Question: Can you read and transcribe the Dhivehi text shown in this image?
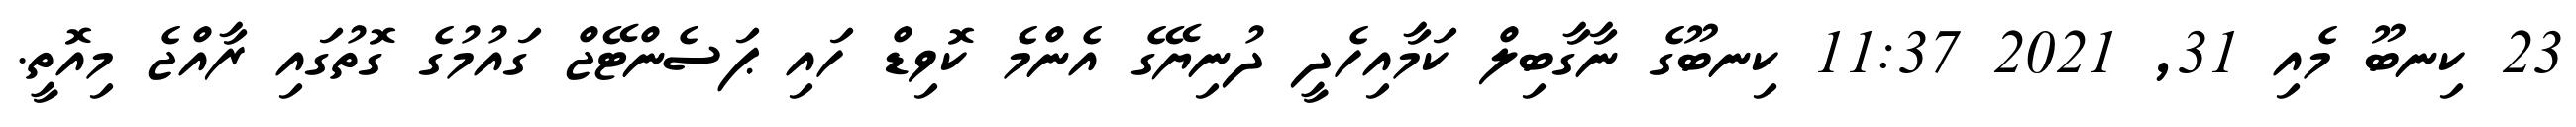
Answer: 23 ކިނބޫ މެއި 31, 2021 11:37 ކިނބޫގެ ނާގާބިލް ކަމާއިހެދީ ދުނިޔޭގެ އެންމެ ކޮވިޑް ހައި ޕަސެންޓޭޖް ގައުމުގެ ގޮތުގައި ރާއްޖެ މިއޮތީ.